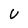
Character: U